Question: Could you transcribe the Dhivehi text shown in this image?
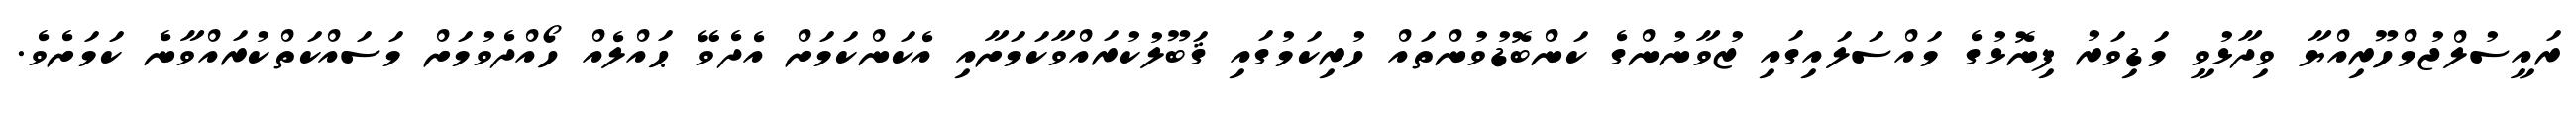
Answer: ރައީސުލްޖުމްހޫރިއްޔާ ވިދާޅުވީ މަޑިވަރު ފިނޮޅުގެ މައްސަލައިގައި ޒުވާނުންގެ ކަންބޮޑުވުންތައް ހުރިކަމުގައި ޤަބޫލުކުރައްވާކަމަށާއި އެކަންކަމަށް އެދެވޭ ޙައްލެއް ހޯއްދެވުމަށް މަސައްކަތްކުރައްވާނެ ކަމަށެވެ.